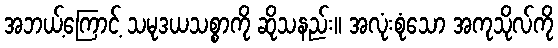
အဘယ့်ကြောင့် သမုဒယသစ္စာကို ဆိုသနည်း။ အလုံးစုံသော အကုသိုလ်ကို